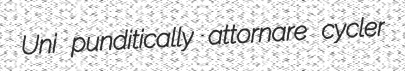
Uni punditically attornare cycler